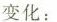
变化：